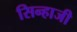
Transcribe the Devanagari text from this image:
सिन्हाजी